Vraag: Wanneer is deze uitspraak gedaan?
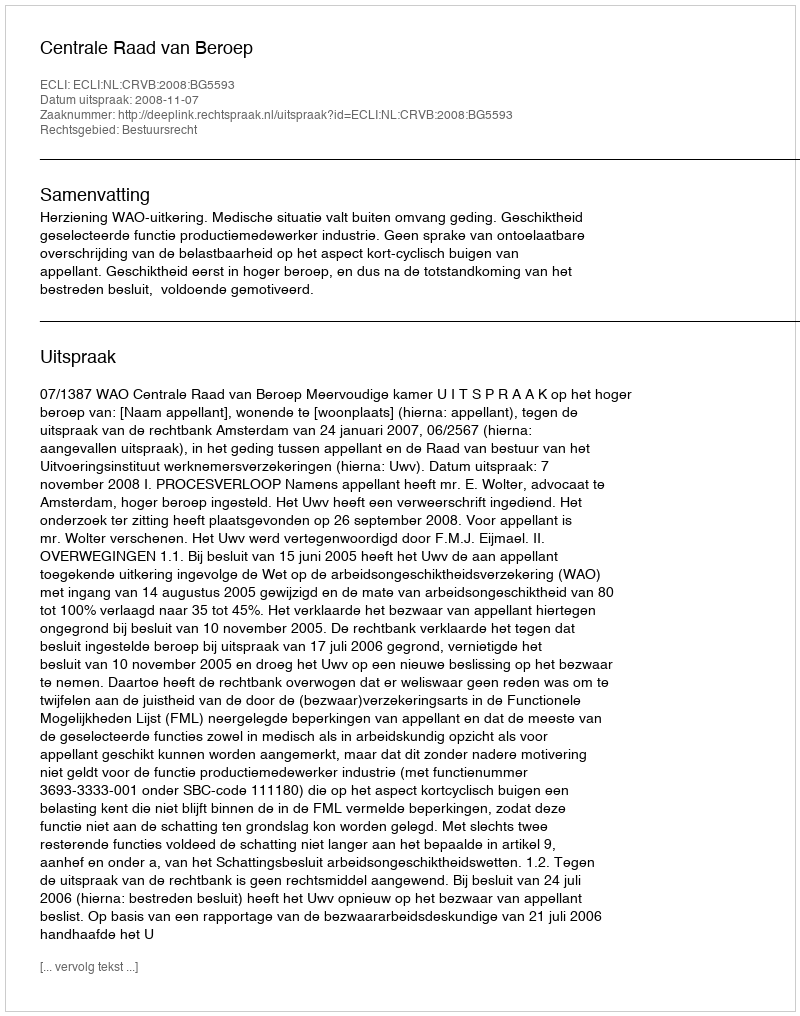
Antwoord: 2008-11-07